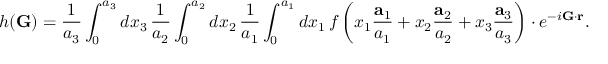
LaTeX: h ( \mathbf { G } ) = { \frac { 1 } { a _ { 3 } } } \int _ { 0 } ^ { a _ { 3 } } d x _ { 3 } \, { \frac { 1 } { a _ { 2 } } } \int _ { 0 } ^ { a _ { 2 } } d x _ { 2 } \, { \frac { 1 } { a _ { 1 } } } \int _ { 0 } ^ { a _ { 1 } } d x _ { 1 } \, f \left( x _ { 1 } { \frac { \mathbf { a } _ { 1 } } { a _ { 1 } } } + x _ { 2 } { \frac { \mathbf { a } _ { 2 } } { a _ { 2 } } } + x _ { 3 } { \frac { \mathbf { a } _ { 3 } } { a _ { 3 } } } \right) \cdot e ^ { - i \mathbf { G } \cdot \mathbf { r } } .